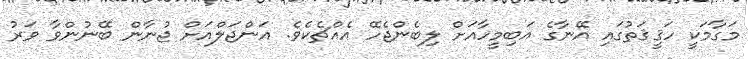
މަގާމަކީ ހަޤީޤަތުގައި އޭނާގެ އަބިމީހާއަށް ލިބެންޖެހޭ އެއްޗެކެވެ. އަންޖަލްއަށް ޖުނާން ބޭނުންވާ ވަރު